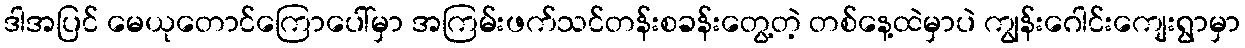
ဒါအပြင် မေယုတောင်ကြောပေါ်မှာ အကြမ်းဖက်သင်တန်းစခန်းတွေ့တဲ့ တစ်နေ့ထဲမှာပဲ ကျွန်းဂေါင်းကျေးရွာမှာ